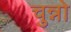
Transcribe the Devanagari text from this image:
चुन्नो